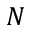
N